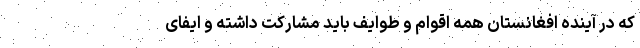
که در آینده افغانستان همه اقوام و طوایف باید مشارکت داشته و ایفای